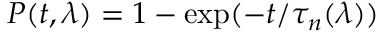
P ( t , \lambda ) = 1 - \exp ( - t / \tau _ { n } ( \lambda ) )